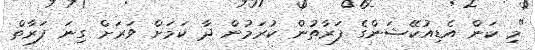
"މި ކަން އެޑިއުކޭޝަންގެ ފަރާތުން ކުރަމުން ދާ ކަމަށް ވަރަށް ގިނަ ފަރާތް